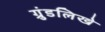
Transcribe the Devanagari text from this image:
ग्रुंडलिखे